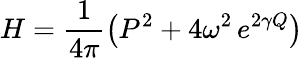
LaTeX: H=\frac{1}{4\pi}\left(P^{2}+4\omega^{2}\, e^{2\gamma Q}\right)